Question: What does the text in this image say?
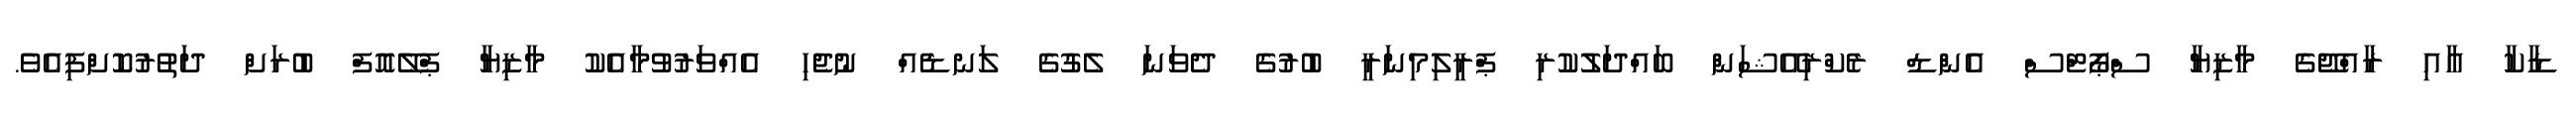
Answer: ޑާކާ އާއި ރާއްޖޭގެ މާޒިޔާ ސްޕޯޓްސް އެންޑް ރެކްރިއޭޝަން ބައްދަލުކުރި ޕްރީލިމިނަރީ ބުރުގެ ދެވަނަ ލެގުގެ ލަނޑެއް ނުޖެހި އެއްވަރުވުމާއެކު މާޒިޔާ ޕްލޭއޮފް ބުރަށް ދަތުރުކޮށްފިއެވެ.